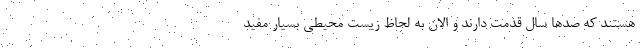
هستند که صدها سال قدمت دارند و الان به لحاظ زیست محیطی بسیار مفید